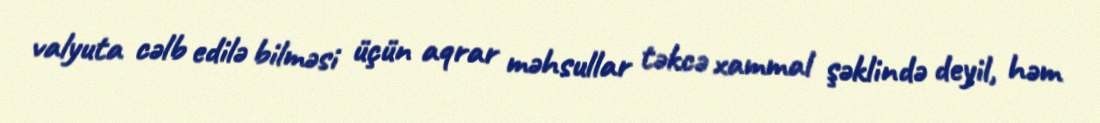
valyuta cəlb edilə bilməsi üçün aqrar məhsullar təkcə xammal şəklində deyil, həm